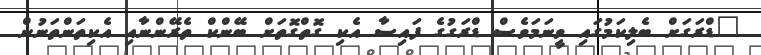
"ޑްރަގަށް ބެލިކަމުގައި ވީނަމަވެސް ޑްރަގުގެ ފައިސާ އެކި ގޮތްގޮތަށް ބޭންކް ތެރޭންނާއި އެކިތަންތަނުން